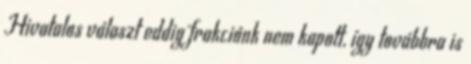
Hivatalos választ eddig frakciónk nem kapott, így továbbra is